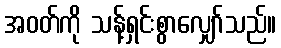
အဝတ်ကို သန့်ရှင်းစွာလျှော်သည်။